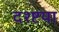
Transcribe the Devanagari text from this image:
दश्ष्टया